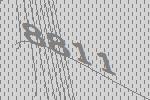
8811